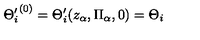
{ \Theta _ { i } ^ { \prime } } ^ { ( 0 ) } = \Theta _ { i } ^ { \prime } ( z _ { \alpha } , \Pi _ { \alpha } , 0 ) = \Theta _ { i }